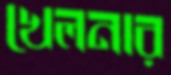
খেলনার